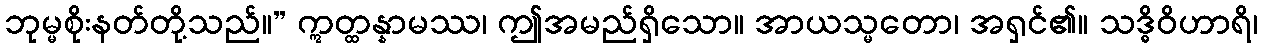
ဘုမ္မစိုးနတ်တို့သည်။” ဣတ္ထန္နာမဿ၊ ဤအမည်ရှိသော။ အာယသ္မတော၊ အရှင်၏။ သဒ္ဓိဝိဟာရိ၊